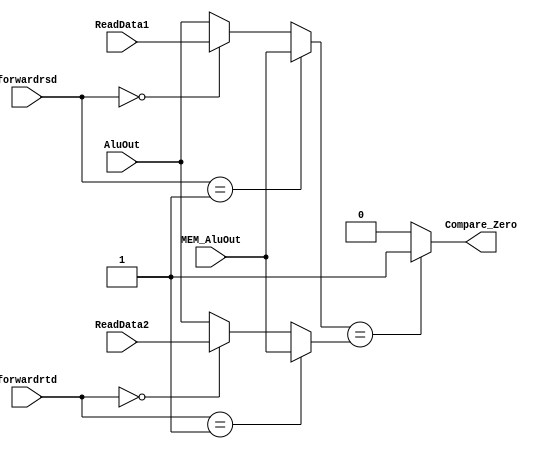
module Compare(ReadData1,MEM_AluOut,forwardrsd,
            ReadData2,forwardrtd,Compare_Zero,AluOut);

    input [31:0] ReadData1;
    input [31:0] ReadData2;
    
    input [31:0] MEM_AluOut;
    input [31:0] AluOut;

    input [1:0] forwardrsd;
    input [1:0] forwardrtd;
    
    output reg Compare_Zero;

    reg [31:0] num1;
    reg [31:0] num2;

    initial
        begin
            Compare_Zero = 1'b0;
        end
    always @(*) begin
        if(forwardrsd  ==  2'b01)
            num1 = MEM_AluOut;
        else if(forwardrsd == 2'b00)
            num1 = ReadData1;
        else
            num1 = AluOut; 

        if(forwardrtd == 2'b01)
            num2 = MEM_AluOut;
        else if(forwardrtd == 2'b00)
            num2 = ReadData2;
        else
            num2 = AluOut;


        if(num1 == num2)
            Compare_Zero = 1'b1;
        else
            Compare_Zero = 1'b0;
    end

    // initial
    // begin
    //   $display("compare");
    // end
endmodule